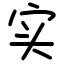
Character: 实